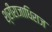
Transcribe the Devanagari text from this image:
श्रीराजाधिराज